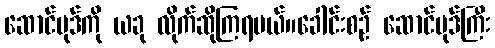
ဆောင်ပုဒ်ကို ယခု လိုက်ဆိုကြရမယ်။ခေါင်းစဉ် ဆောင်ပုဒ်ကြီး